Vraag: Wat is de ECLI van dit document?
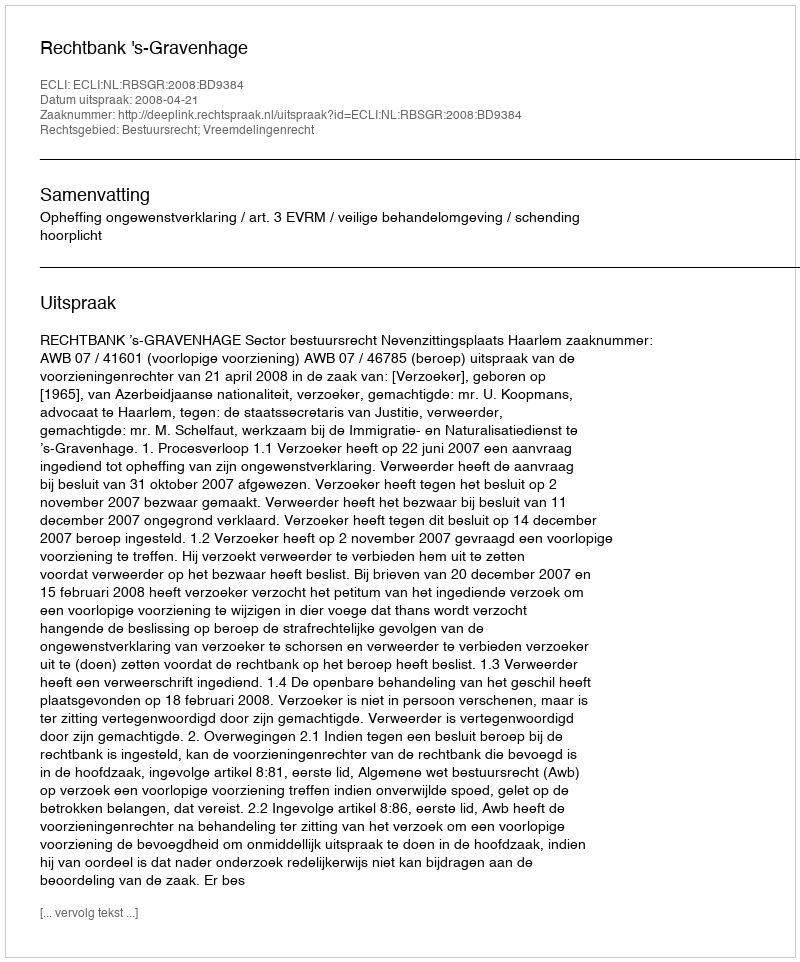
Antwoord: ECLI:NL:RBSGR:2008:BD9384